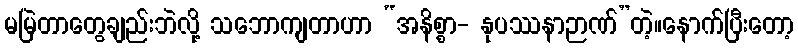
မမြဲတာတွေချည်းဘဲလို့ သဘောကျတာဟာ “အနိစ္စာ- နုပဿနာဉာဏ်”တဲ့။နောက်ပြီးတော့